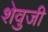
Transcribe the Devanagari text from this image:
शेवुजी